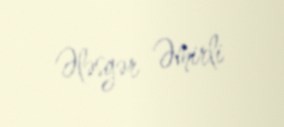
Ələsgər Əmirli